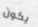
يكون